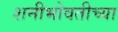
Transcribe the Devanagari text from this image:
शनीभोवतीच्या